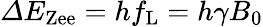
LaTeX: \varDelta E_{\mathrm{Zee}}=hf_{\mathrm{L}}=h\gamma B_{0}